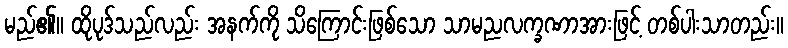
မည်၏။ ထိုပုဒ်သည်လည်း အနက်ကို သိကြောင်းဖြစ်သော သာမညလက္ခဏာအားဖြင့် တစ်ပါးသာတည်း။